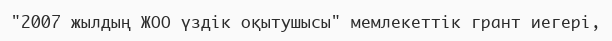
"2007 жылдың ЖОО үздік оқытушысы" мемлекеттік грант иегері,